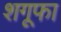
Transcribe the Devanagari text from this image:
शगूफा